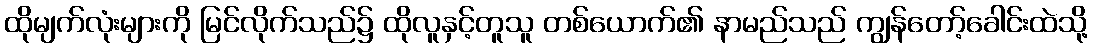
ထိုမျက်လုံးများကို မြင်လိုက်သည်၌ ထိုလူနှင့်တူသူ တစ်ယောက်၏ နာမည်သည် ကျွန်တော့်ခေါင်းထဲသို့